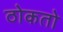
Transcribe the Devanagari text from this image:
ठोकतो